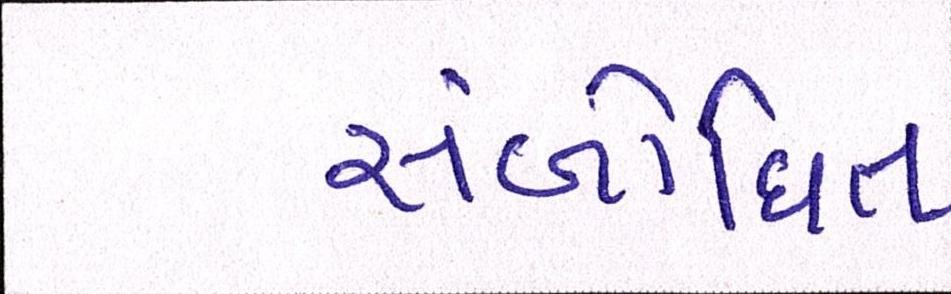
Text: સંબોધિત